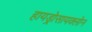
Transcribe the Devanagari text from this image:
हायड्रोसायक्लोन